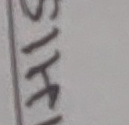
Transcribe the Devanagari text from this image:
सिक्का